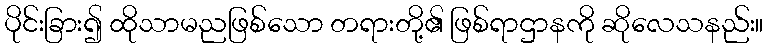
ပိုင်းခြား၍ ထိုသာမညဖြစ်သော တရားတို့၏ ဖြစ်ရာဌာနကို ဆိုလေသနည်း။